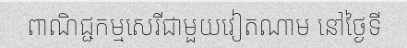
ពាណិជ្ជកម្មសេរីជាមួយវៀតណាម នៅថ្ងៃទី